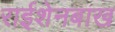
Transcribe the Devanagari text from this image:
राईशेनबाख